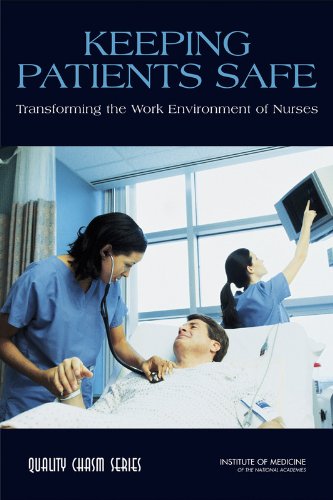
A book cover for Keeping Patients Safe:: Transforming the Work Environment of Nurses; Committee on the Work Environment for Nurses and Patient Safety; Medical Books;